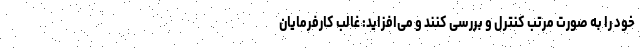
خود را به صورت مرتب کنترل و بررسی کنند و می‌افزاید: غالب کارفرمایان